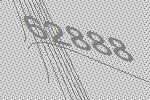
62888